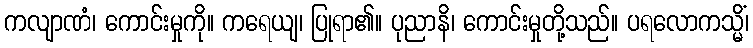
ကလျာဏံ၊ ကောင်းမှုကို။ ကရေယျ၊ ပြုရာ၏။ ပုညာနိ၊ ကောင်းမှုတို့သည်။ ပရလောကသ္မိံ၊